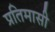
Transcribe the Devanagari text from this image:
प्रतिमासी